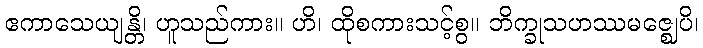
ဧကာသေယျန္တိ၊ ဟူသည်ကား။ ဟိ၊ ထိုစကားသင့်စွ။ ဘိက္ခုသဟဿမဇ္ဈေပိ၊